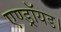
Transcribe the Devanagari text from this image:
एण्ड्रॉयड।